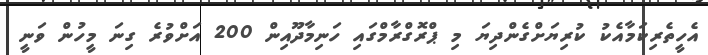
އެހީތެރިކަމާއެކު ކުރިޔަށްގެންދިޔަ މި ޕްރޮގްރާމްގައި ހަނިމާދޫއިން 200 އަށްވުރެ ގިނަ މީހުން ވަނީ